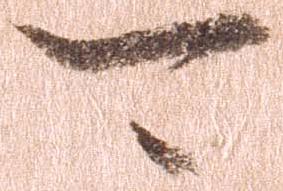
可